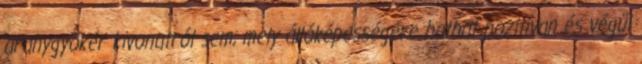
aranygyökér kivonatról sem, mely állóképességére hathat pozitívan és végül